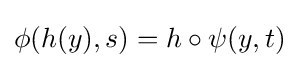
\phi (h(y),s)=h\circ \psi (y,t)